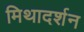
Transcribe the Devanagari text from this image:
मिथादर्शन